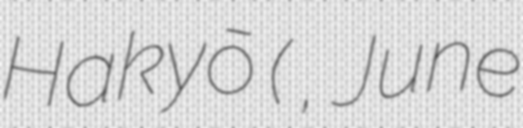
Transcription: Hakyō (蠣崎 波響, June